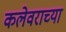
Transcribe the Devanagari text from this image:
कलेवराच्या